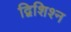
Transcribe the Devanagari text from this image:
द्विशिश्न